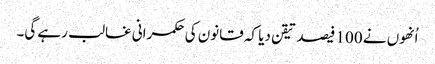
اُنھوں نے 100 فیصد تیقن دیا کہ قانون کی حکمرانی غالب رہے گی۔